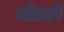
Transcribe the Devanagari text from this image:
मोटघरे